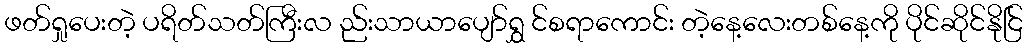
ဖတ်ရှုပေးတဲ့ ပရိတ်သတ်ကြီးလ ည်းသာယာပျော်ရွှ င်စရာကောင်း တဲ့နေ့လေးတစ်နေ့ကို ပိုင်ဆိုင်နိုင်ြ